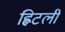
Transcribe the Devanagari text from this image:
ह्विटली